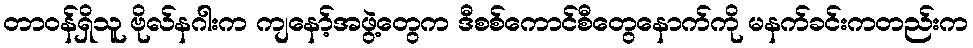
တာဝန်ရှိသူ ဗိုလ်နဂါးက ကျနော့်အဖွဲ့တွေက ဒီစစ်ကောင်စီတွေနောက်ကို မနက်ခင်းကတည်းက